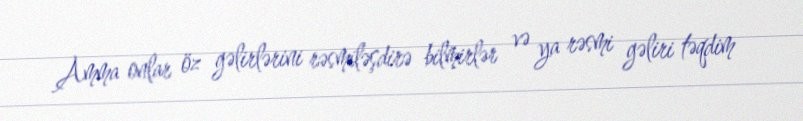
Amma onlar öz gəlirlərini rəsmiləşdirə bilmirlər və ya rəsmi gəliri təqdim